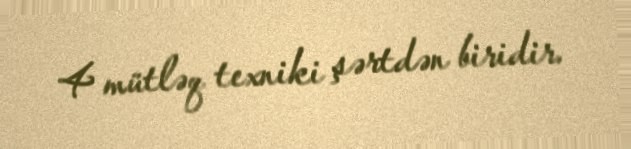
4 mütləq texniki şərtdən biridir.